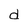
Character: d